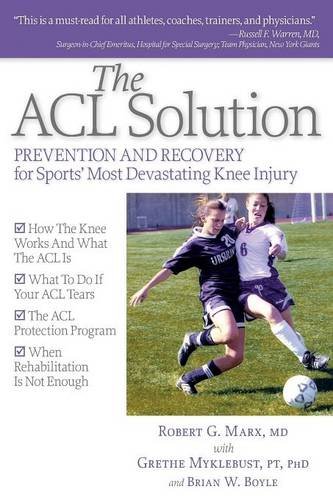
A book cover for The ACL Solution; Robert G. Marx; Health, Fitness & Dieting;